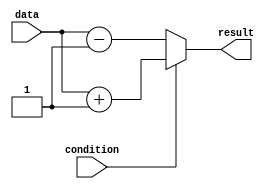
module conditional_statements(
    input wire condition,
    input wire data,
    output reg result
);

initial begin
    if(condition == 1) begin
        result <= data + 1;
    end
    else begin
        result <= data - 1;
    end
end

endmodule